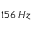
1 5 6 \, H z